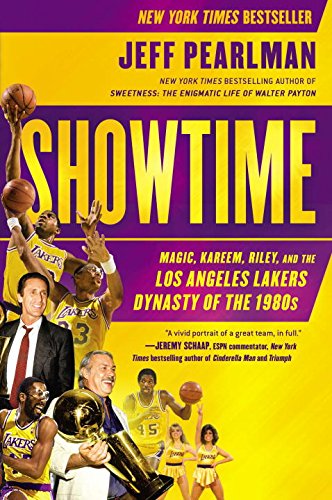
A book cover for Showtime: Magic, Kareem, Riley, and the Los Angeles Lakers Dynasty of the 1980s; Jeff Pearlman; Sports & Outdoors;